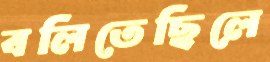
বলিতেছিলে